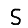
Digit: 5